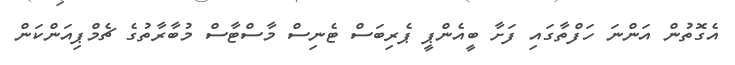
އެގޮތުން އަންނަ ހަފްތާގައި ފަށާ ބީއެންޕީ ޕެރިބަސް ޓެނިސް މާސްޓާސް މުބާރާތުގެ ޗެމްޕިއަންކަން